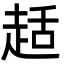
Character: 趏